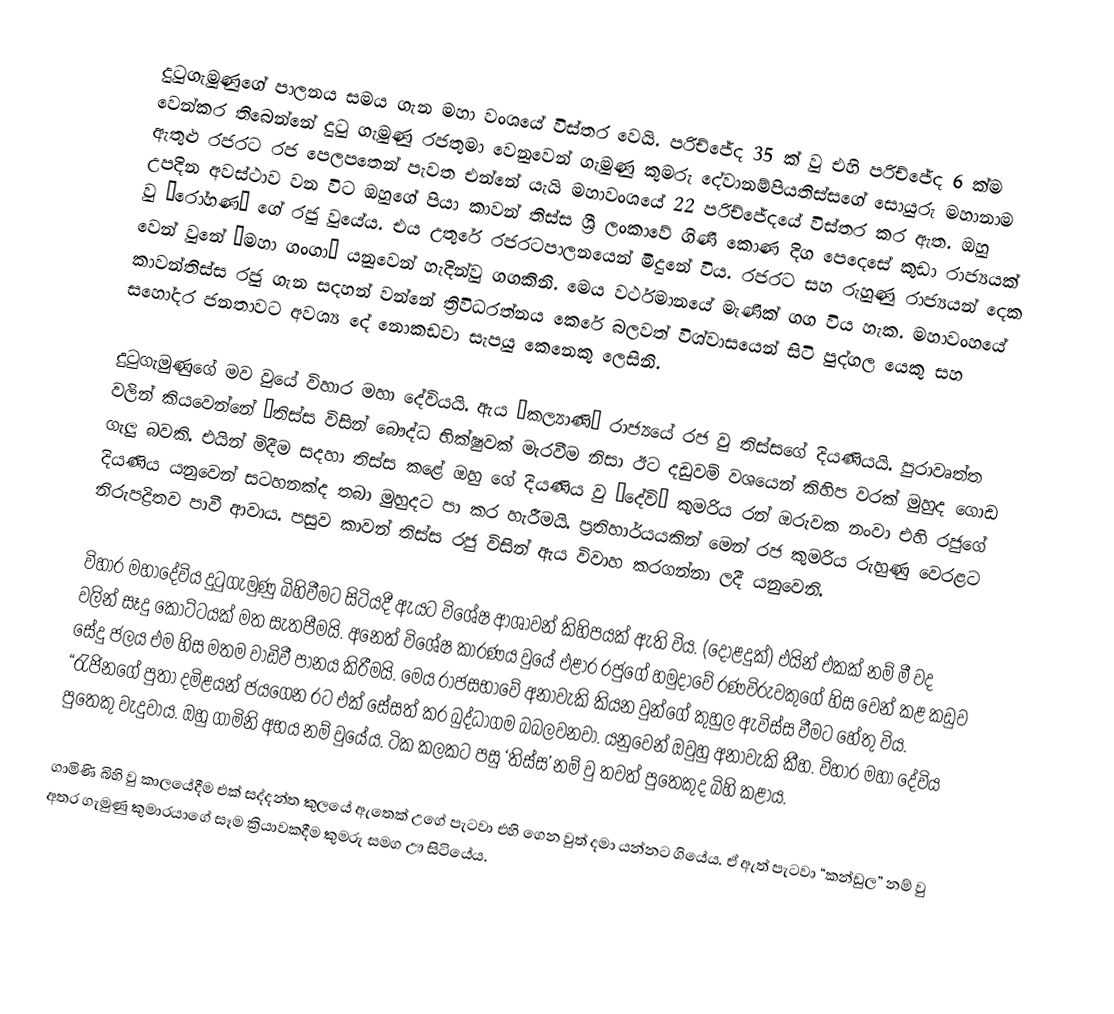
දුටුගැමුණුගේ පාලනය සමය ගැන මහා වංශයේ විස්තර වෙයි. පරිච්ජේද 35 ක් වු එහි පරිච්ජේද 6 ක්ම වෙන්කර තිබෙන්නේ දුටු ගැමුණු රජතුමා වෙනුවෙන් ගැමුණු කුමරු දේවානම්පියතිස්සගේ සොයුරු මහානාම ඇතුළු රජරට රජ පෙලපතෙන් පැවත එන්නේ යැයි මහාවංශයේ 22 පරිච්ජේදයේ විස්තර කර ඇත. ඔහු උපදින අවස්ථාව වන විට ඔහුගේ පියා කාවන් තිස්ස ශ්‍රී ලංකාවේ ගිණි කොණ දිග පෙදෙසේ කුඩා රාජ්‍යයක් වු “රෝහණ” ගේ රජු වුයේය. එය උතුරේ රජරට‍පාලනයෙන් මිදුනේ විය. රජරට සහ රුහුණු රාජ්‍යයන් දෙක වෙන් වුනේ ‘මහා ගංගා’ යනුවෙන් හැදින්වු ගගකිනි. මෙය වර්ථමානයේ මැණික් ගග විය හැක. මහාවංහයේ කාවන්තිස්ස රජු ගැන සදහන් වන්නේ ත්‍රිවිධරත්නය කෙරේ බලවත් විශ්වාසයෙන් සිටි පුද්ගල යෙකු සහ සහෝදර ජනතාවට අවශ්‍ය දේ නොකඩවා සැපයු කෙනෙකු ලෙසිනි.

දුටුගැමුණුගේ මව වුයේ විහාර මහා දේවියයි. ඇය ‘කල්‍යාණි’ රාජ්‍යයේ රජ වු තිස්සගේ දියණියයි. පුරාවෘත්ත වලින් කියවෙන්නේ ‘තිස්ස විසින් බෞද්ධ භික්ෂුවක් මැරවීම නිසා ඊට දඩුවම් වශයෙන් කිහිප වරක් මුහුද ගොඩ ගැලු බවකි. එයින් මිදීම සදහා තිස්ස කළේ ඔහු	ගේ දියණිය වු ‘දේවි’ කුමරිය රන් ඔරුවක නංවා එහි රජුගේ දියණිය යනුවෙන් සටහනක්ද තබා මුහුදට පා කර හැරීමයි. ප්‍රතිහාර්යයකින් මෙන් රජ කුමරිය රුහුණු වෙරළට නිරුපද්‍රිතව පාවී ආවාය. පසුව කාවන් තිස්ස රජු විසින් ඇය විවාහ කරගන්නා ලදී යනුවෙනි.

විහාර මහාදේවිය දුටුගැමුණු බිහිවීම‍ට සිටියදී ඇයට විශේෂ ආශාවන් කිහිපයක් ඇති විය. (දොළදුක්) එයින් එකක් නම් මී වද වලින් සෑදු  කොට්ටයක් මත සැතපීමයි. අනෙත් විශේෂ කාරණය වුයේ එළ‍ාර රජුගේ හමුදාවේ රණවිරුවකුගේ හිස වෙන් කළ කඩුව සේදු ජලය එම හිස මතම වාඩිවී පානය කිරීමයි. මෙය රාජසභාවේ අනාවැකි කියන වුන්ගේ කුහුල ඇවිස්ස වීමට හේතු විය. “රැජිනගේ පුතා දමිළයන් ජයගෙන රට එක් සේසත් කර බුද්ධාගම බබලවනවා. යනුවෙන් ඔවුහු අනාවැකි කීහ. විහාර මහා දේවිය පුතෙකු වැදුවාය. ඔහු ගාමිනි අභය නම් වුයේය. ටික කලකට පසු ‘තිස්ස’ නම් වු තවත් පුතෙකුද බිහි කළාය.

ගාමිණි බිහි වු කාලයේදීම එක් සද්දන්ත කුලයේ ඇතෙක් උගේ පැටවා එහි ගෙන වුත් දමා යන්නට ගියේය. ඒ ඇත් පැටවා “කන්ඩුල” නම් වු අතර ගැමුණු කුමාරයාගේ සෑම ක්‍රියාවකදීම කුමරු සමග ඌ සිටියේය.